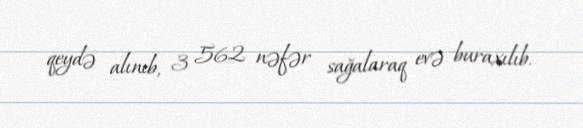
qeydə alınıb, 3 562 nəfər sağalaraq evə buraxılıb.